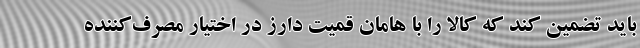
باید تضمین کند که کالا را با هامان قمیت دارز در اختیار مصرف‌کننده